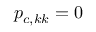
p _ { c , k k } = 0